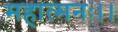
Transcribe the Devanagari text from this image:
महात्मनः।।